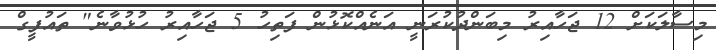
މިސާލަކަށް 12 ޖަހާއިރު މިބަންދުކުރަނީ އަނެއްކޮޅުން ފަތިހު 5 ޖަހާއިރު ހުޅުވާނެ" ތައުފީގް